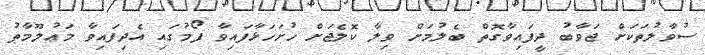
ސުވާލުތަކަށް ޖަވާބު ދީފައިވާގޮތް ބެލުމަށް ވިލާ ކޮލެޖަށް ހުށަހަޅާފައިވާ ފޯމުގައި އެދިފައިވާ މަޢުލޫމާތު